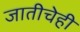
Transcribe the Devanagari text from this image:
जातीचेही